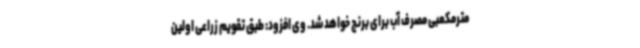
مترمکعبی مصرف آب برای برنج خواهد شد. وی افزود: طبق تقویم زراعی اولین